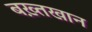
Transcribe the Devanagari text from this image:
बख़्तखान